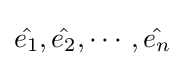
{\hat {e_{1}}},{\hat {e_{2}}},\cdots ,{\hat {e_{n}}}